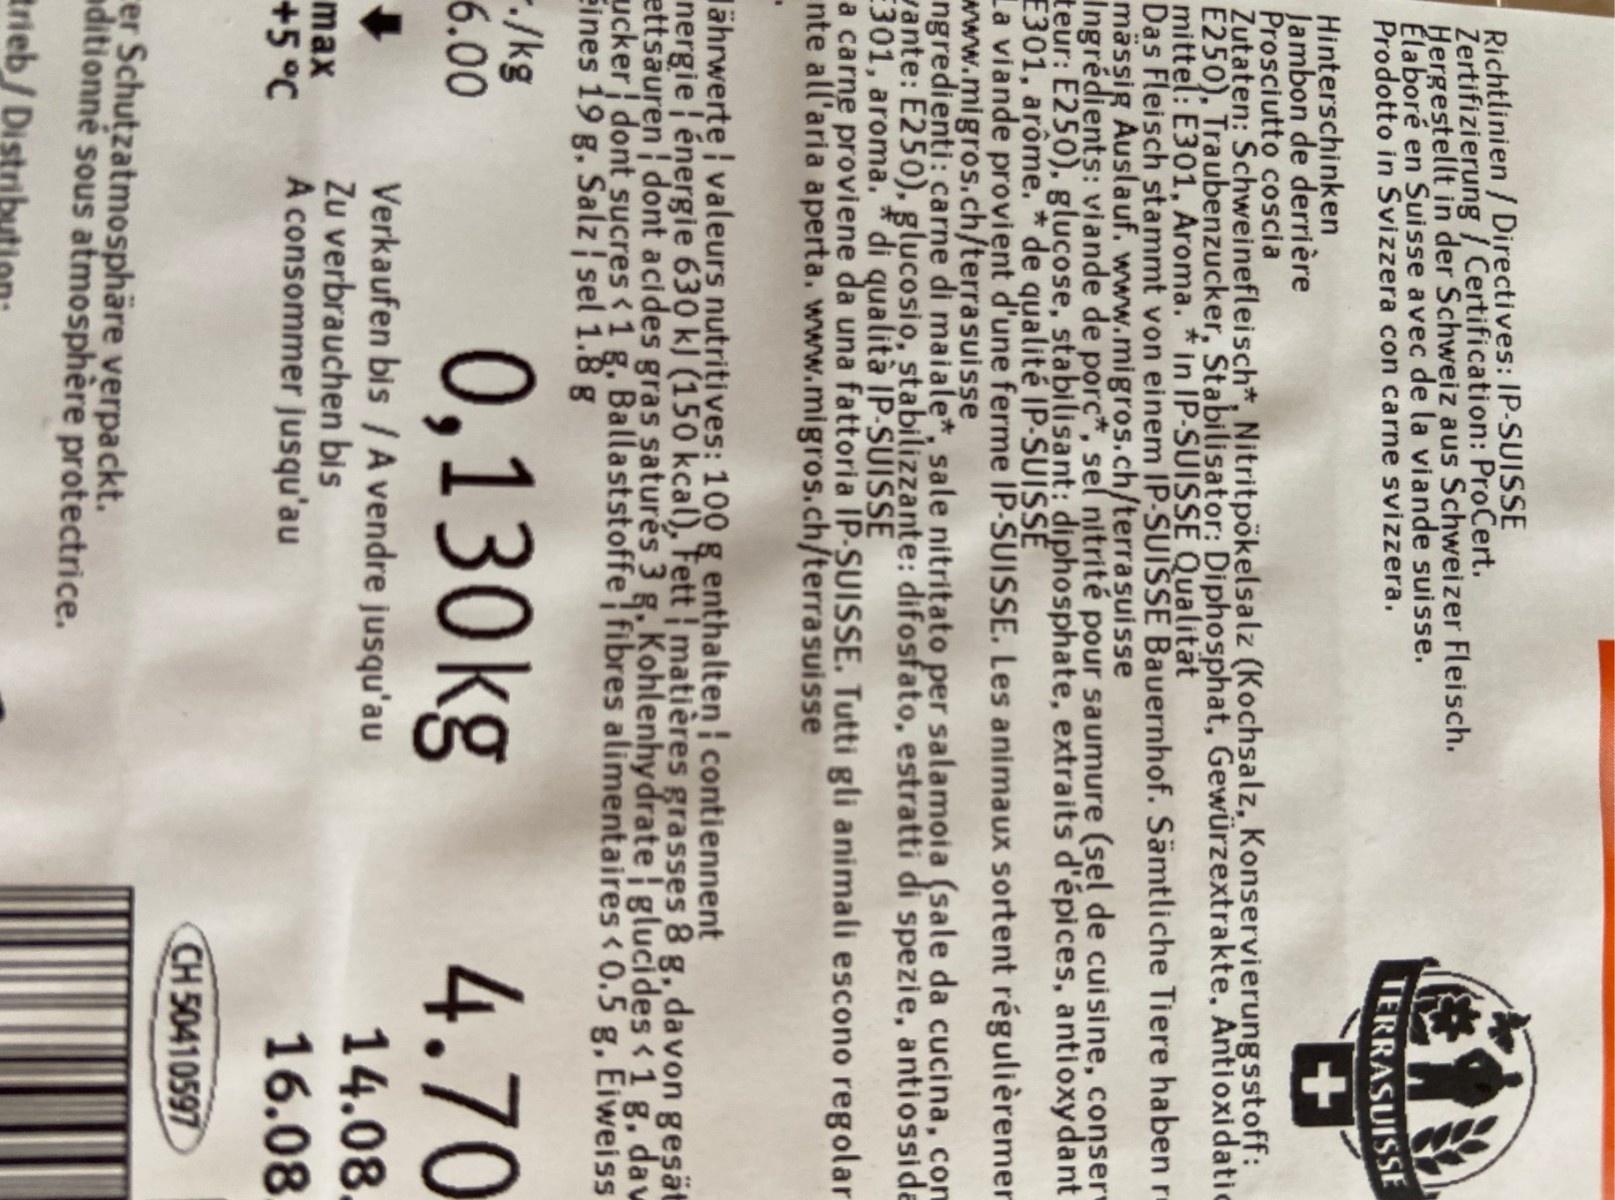
Richtlinien / Directives: IP-SUISSE Zertifizierung / Certification: ProCert. Hergestellt in der Schweiz aus Schweizer Fleisch. Élaboré en Suisse avec de la viande suisse. Prodotto in Svizzera con carne svizzera.
TERRASUISSE
Hinterschinken Jambon de derrière Prosciutto coscia Zutaten: Schweinefleisch*, Nitritpökelsalz (Kochsalz, Konservierungsstoff: E250), Traubenzucker, Stabilisator: Diphosphat, Gewürzextrakte, Antioxidatic mittel: E301, Aroma. * in IP-SUISSE Qualität Das Fleisch stammt von einem IP-SUISSE Bauernhof. Sämtliche Tiere haben re mässig Auslauf. www.migros.ch/terrasuisse Ingrédients: viande de porc*, sel nitrité pour saumure (sel de cuisine, conser teur: E250), glucose, stabilisant: diphosphate, extraits d'épices, antioxydant E301, arôme. * de qualité IP-SUISSE La viande provient d'une ferme IP-SUISSE. Les animaux sortent régulièremer www.migros.ch/terrasuisse ngredienti: carne di maiale*, sale nitrițato per salamoia (sale da cucina, con vante: E250), glucosio, stabilizzante: difosfato, estratti di spezie, antiossida E301, aroma. * di qualità IP-SUISSE a carne proviene da una fattoria IP-SUISSE. Tutti gli animali escono regolar nte all'aria aperta. www.migros.ch/terrasuisse
lährwerte valeurs nutritives: 100 g enthalten contiennent nergie énergie 630 k) (150 kcal), Fett | matières grasses 8 g,davon gesät ettsauren dont acides gras saturés 3 g. Kohlenhydrate glucides <1 g, daw ucker dont sucres <1 g. Ballaststoffe fibres alimentaires < 0.5 g, Eiweiss Eines 19 g, Salz sel 1.8 g
-/kg 6.00
0,130kg
4.70
Verkaufen bis / A vendre jusqu'au Zu verbrauchen bis A consommer jusqu'au
14.08.
max
+5°C
16.08
CH 50410597
rer Schutzatmosphäre verpackt. aditionné sous atmosphère protectrice.
trieb / Distrib